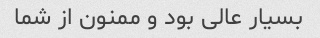
بسیار عالی بود و ممنون از شما